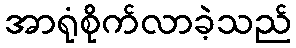
အာရုံစိုက်လာခဲ့သည်